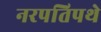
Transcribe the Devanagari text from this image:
नरपतिपथे